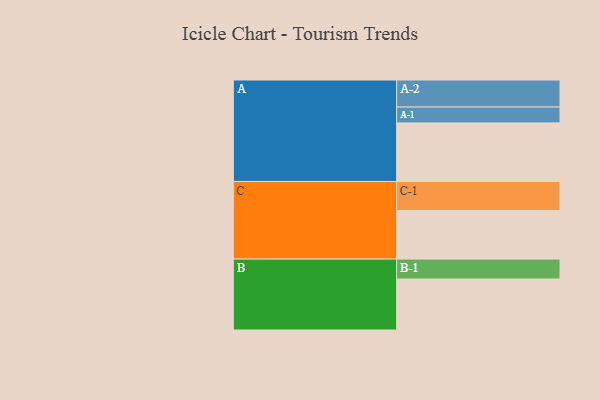
{"axis": {"x": "Segment", "y": "Value"}, "legend": ["", "A", "B", "C"], "data": [{"x": "A", "y": 418, "type": ""}, {"x": "B", "y": 364, "type": ""}, {"x": "C", "y": 346, "type": ""}, {"x": "A-1", "y": 113, "type": "A"}, {"x": "A-2", "y": 193, "type": "A"}, {"x": "B-1", "y": 142, "type": "B"}, {"x": "C-1", "y": 208, "type": "C"}]}